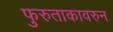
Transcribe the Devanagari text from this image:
फुरुताकावरुन